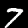
Label: 7